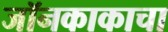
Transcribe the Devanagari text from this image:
जॉनकाकाचा